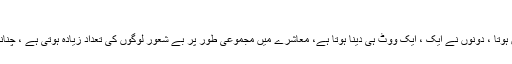
بے شعور لوگوں کی طاقت میں اضافہ
جمہوری نظام میں باشعور اور بے شعور میں کوئی فرق نہیں ہوتا ، دونوں نے ایک ، ایک ووٹ ہی دینا ہوتا ہے، معاشرے میں مجموعی طور پر بے شعور لوگوں کی تعداد زیادہ ہوتی ہے ، چنانچہ جو منتخب ہوتا ہے وہ بے شعور لوگوں کا نمائندہ ہوتا ہے۔